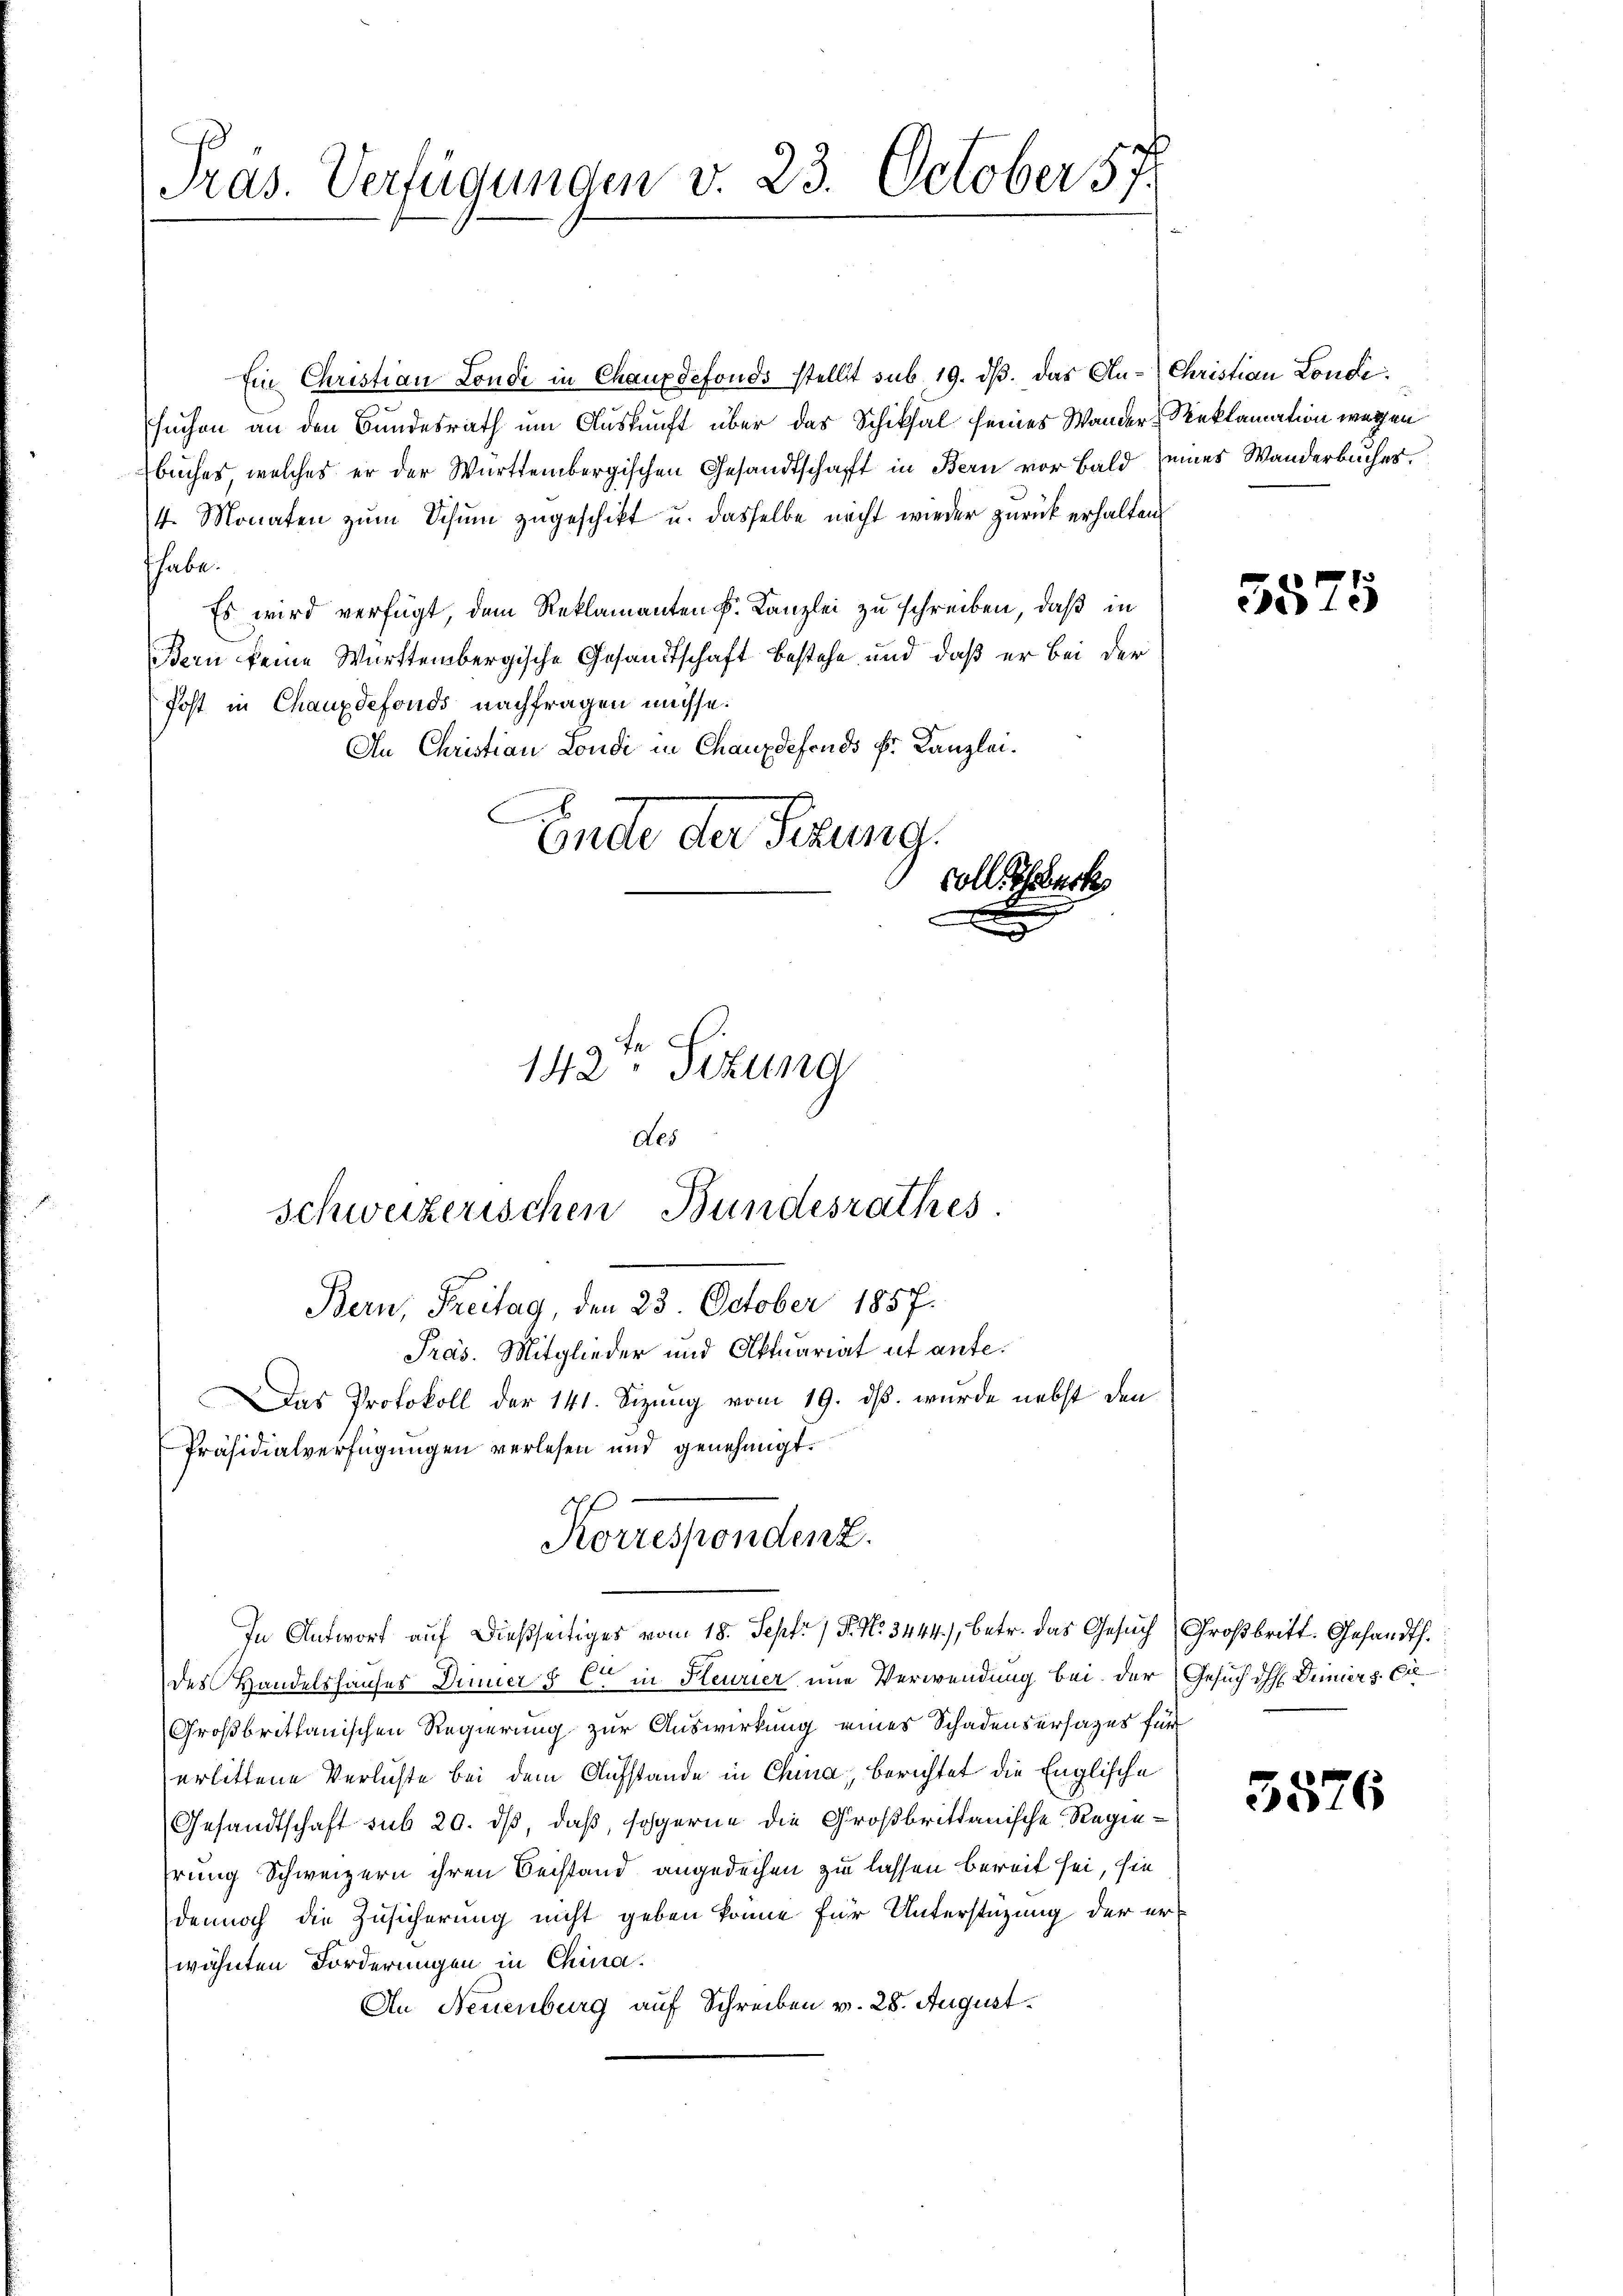
Pras. Verfügungen v. 23. October 57.

Ein Christian Londi in Chauxdefonds stellt sub 19. ds. Das Au- Christian Londisuchen an den Bundesrath um Auskunft über das Schiksal seines Wander Reklamation wegen
buches welches er der Württembergischen Gesandtschaft in Bern vor Bald seines Wanderbucher¬
4. Monaten zum Schum zugeschikt u. dasselbe nicht wieder zurück erhalten
thabe.
Es wird verfügt, dem Reklamanten k. Kanzlei zu schreiben, daß in
Bern keine Württembergische Gesandtschaft bestehe und daß er bei der
Post in Chauxdefonds nachfragen müsse.
An Christian Londi in Chauxdefonds Fr. Kanzlei.
.
Ende der Sitzung.
coll. Ehrbeck

142ten Sitzung

des
schweizerischen Bundesrathes.

Bern, Freitag, den 23. October 1857.
Pras. Mitglieder und Aktuariat ut ante¬
Das Protokoll der 141. Sizung vom 19. ds. wurde nebst den
Präsidialverfügungen verlesen und genehmigt.
des Handelshauser Dinner 5 c. in Heurier eine Verwendung bei der
Großbrittanischen Regierung zur Auswirkung eines Schadensersatzes für
erlittene Verlichte bei dem Aufstande in Chura, berichtet die Englische
Gesandtschaft sub 20. ds, daß, soferne die Großbrittanische Regiehrung Schweizern ihren Beistand angedechen zu lassen bereit sei, sie
dennoch die Zusicherung nicht geben könne für Unterstüzung der erwähnten Forderungen in China.
An Neuenburg auf Schreiben v. 28. August.

Korrespondenz.
In Antwort auf dießseitiges vom 18. Septe / P. No. 3444), betr. das Gesuch

5575

Großbritt. Gesandth.
Gesuch dh Deiners C

5576